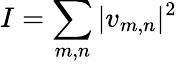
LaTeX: I=\sum_{m,n}|v_{m,n}|^{2}